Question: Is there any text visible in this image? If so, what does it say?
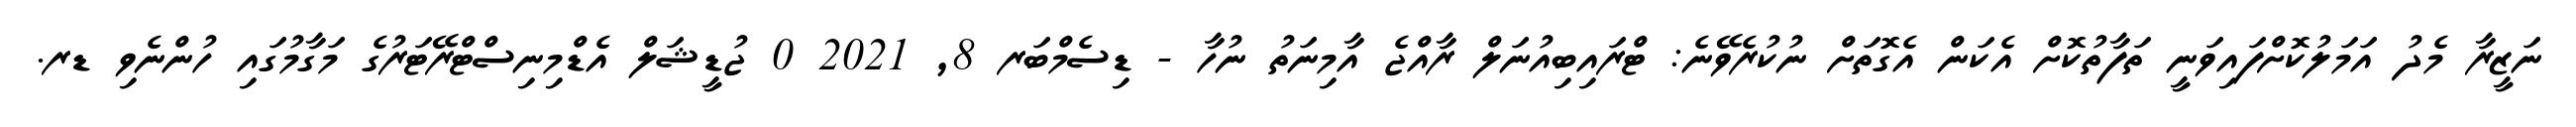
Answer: ނަޒީރާ މެދު އަމަލުކޮށްފައިވަނީ ތަފާތުކޮށް އެކަން އެގޮތަށް ނުކުރެވޭނެ: ޓްރައިބިއުނަލް ރާއްޖެ އާމިނަތު ނުހާ - ޑިސެމްބަރ 8, 2021 0 ޖުޑީޝަލް އެޑްމިނިސްޓްރޭޓަރުގެ މަގާމުގައި ހުންނެވި ޑރ.